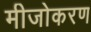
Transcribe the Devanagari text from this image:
मीजोकरण